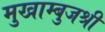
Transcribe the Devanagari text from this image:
मुखाम्बुजश्री